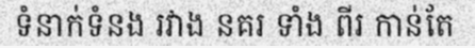
ទំនាក់ទំនង រវាង នគរ ទាំង ពីរ កាន់តែ